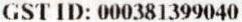
GST ID: 000381399040